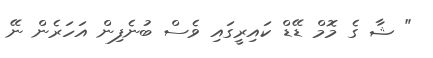
" ޝާ ގެ މޮމް ޑޭޑް ކައިރީގައި ވެސް ބުނެފިން އަހަރެން ނޭ